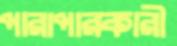
পারাপারকারী